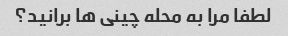
لطفا مرا به محله چینی ها برانید؟